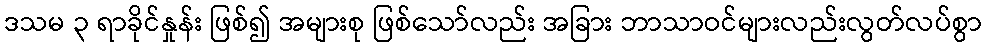
ဒသမ ၃ ရာခိုင်နှုန်း ဖြစ်၍ အများစု ဖြစ်သော်လည်း အခြား ဘာသာဝင်များလည်းလွတ်လပ်စွာ